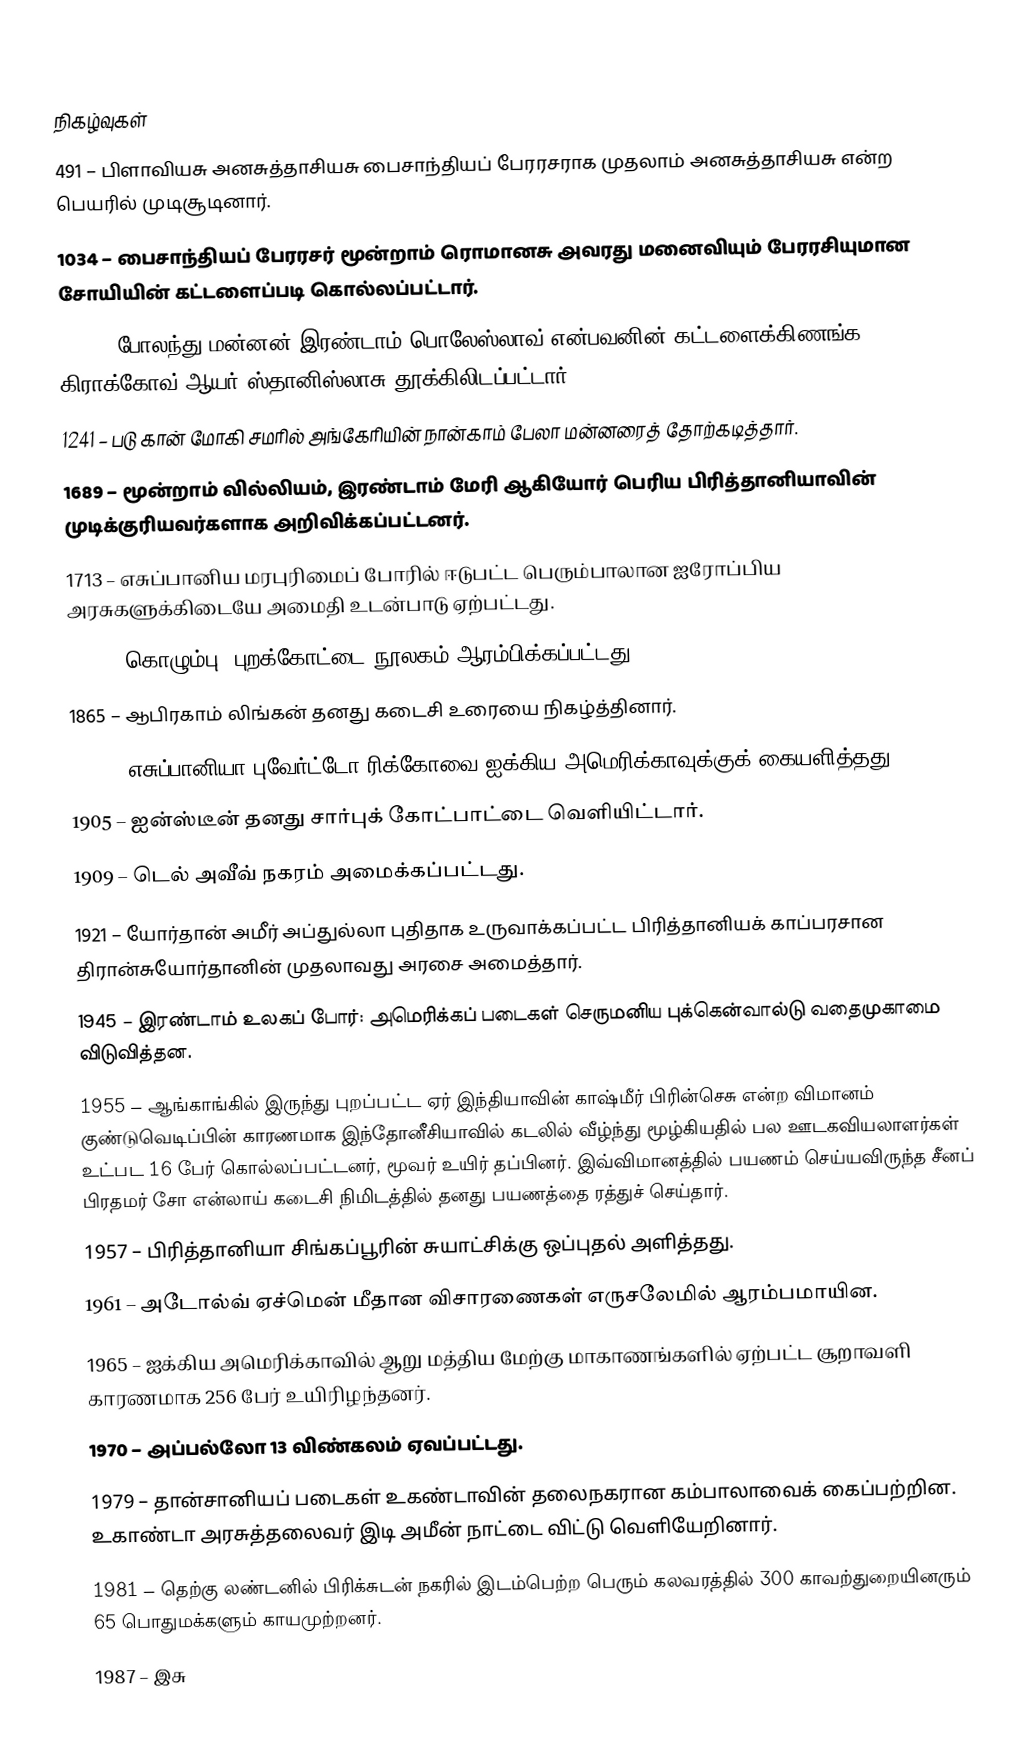

நிகழ்வுகள்
 491 – பிளாவியசு அனசுத்தாசியசு பைசாந்தியப் பேரரசராக முதலாம் அனசுத்தாசியசு என்ற பெயரில் முடிசூடினார்.
1034 – பைசாந்தியப் பேரரசர் மூன்றாம் ரொமானசு அவரது மனைவியும் பேரரசியுமான சோயியின் கட்டளைப்படி கொல்லப்பட்டார்.
1079 – போலந்து மன்னன் இரண்டாம் பொலேஸ்லாவ் என்பவனின் கட்டளைக்கிணங்க கிராக்கோவ் ஆயர் ஸ்தானிஸ்லாசு தூக்கிலிடப்பட்டார்.
1241 – படு கான் மோகி சமரில் அங்கேரியின் நான்காம் பேலா மன்னரைத் தோற்கடித்தார்.
1689 – மூன்றாம் வில்லியம், இரண்டாம் மேரி ஆகியோர் பெரிய பிரித்தானியாவின் முடிக்குரியவர்களாக அறிவிக்கப்பட்டனர்.
1713 – எசுப்பானிய மரபுரிமைப் போரில் ஈடுபட்ட பெரும்பாலான ஐரோப்பிய அரசுகளுக்கிடையே அமைதி உடன்பாடு ஏற்பட்டது.
1829 – கொழும்பு, புறக்கோட்டை நூலகம் ஆரம்பிக்கப்பட்டது.
1865 – ஆபிரகாம் லிங்கன் தனது கடைசி உரையை நிகழ்த்தினார்.
1899 – எசுப்பானியா புவேர்ட்டோ ரிக்கோவை ஐக்கிய அமெரிக்காவுக்குக் கையளித்தது.
1905 – ஐன்ஸ்டீன் தனது சார்புக் கோட்பாட்டை வெளியிட்டார்.
1909 – டெல் அவீவ் நகரம் அமைக்கப்பட்டது.
1921 – யோர்தான் அமீர் அப்துல்லா புதிதாக உருவாக்கப்பட்ட பிரித்தானியக் காப்பரசான திரான்சுயோர்தானின் முதலாவது அரசை அமைத்தார்.
1945 – இரண்டாம் உலகப் போர்: அமெரிக்கப் படைகள் செருமனிய புக்கென்வால்டு வதைமுகாமை விடுவித்தன.
1955 – ஆங்காங்கில் இருந்து புறப்பட்ட ஏர் இந்தியாவின் காஷ்மீர் பிரின்செசு என்ற விமானம் குண்டுவெடிப்பின் காரணமாக இந்தோனீசியாவில் கடலில் வீழ்ந்து மூழ்கியதில் பல ஊடகவியலாளர்கள் உட்பட 16 பேர் கொல்லப்பட்டனர், மூவர் உயிர் தப்பினர். இவ்விமானத்தில் பயணம் செய்யவிருந்த சீனப் பிரதமர் சோ என்லாய் கடைசி நிமிடத்தில் தனது பயணத்தை ரத்துச் செய்தார்.
1957 – பிரித்தானியா சிங்கப்பூரின் சுயாட்சிக்கு ஒப்புதல் அளித்தது.
1961 – அடோல்வ் ஏச்மென் மீதான விசாரணைகள் எருசலேமில் ஆரம்பமாயின.
1965 – ஐக்கிய அமெரிக்காவில் ஆறு மத்திய மேற்கு மாகாணங்களில் ஏற்பட்ட சூறாவளி காரணமாக 256 பேர் உயிரிழந்தனர்.
1970 – அப்பல்லோ 13 விண்கலம் ஏவப்பட்டது.
1979 – தான்சானியப் படைகள் உகண்டாவின் தலைநகரான கம்பாலாவைக் கைப்பற்றின. உகாண்டா அரசுத்தலைவர் இடி அமீன் நாட்டை விட்டு வெளியேறினார்.
1981 – தெற்கு லண்டனில் பிரிக்சுடன் நகரில் இடம்பெற்ற பெரும் கலவரத்தில் 300 காவற்துறையினரும் 65 பொதுமக்களும் காயமுற்றனர்.
1987 – இசு